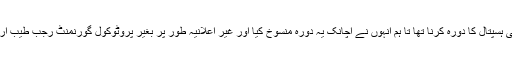
وزیر اعلی نے بعد ازاں ملتان کڈنی ہسپتال کا دورہ کرنا تھا تا ہم انہوں نے اچانک یہ دورہ منسوخ کیا اور غیر اعلانیہ طور پر بغیر پروٹوکول گورنمنٹ رجب طیب اردوان ہسپتال مظفر گڑھ پہنچ گئے۔